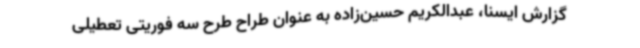
گزارش ایسنا، عبدالکریم حسین‌زاده به عنوان طراح طرح سه فوریتی تعطیلی